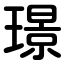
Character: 璟